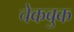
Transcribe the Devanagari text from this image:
चेकबुक